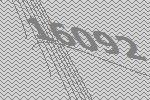
16092